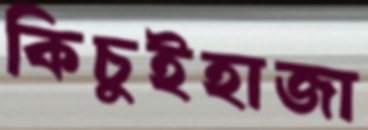
কিচুইহাজা